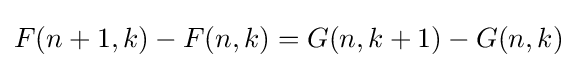
F(n+1,k)-F(n,k)=G(n,k+1)-G(n,k)